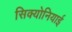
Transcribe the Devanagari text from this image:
सिक्योनियाई